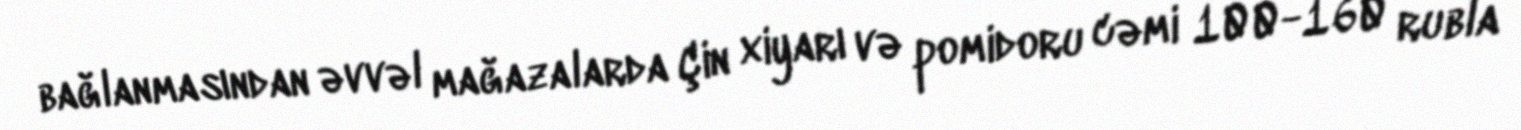
bağlanmasından əvvəl mağazalarda Çin xiyarı və pomidoru cəmi 100-160 rubla